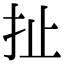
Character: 扯